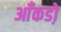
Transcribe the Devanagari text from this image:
आँकडो़